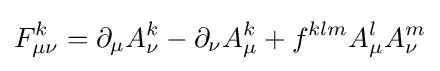
F_{\mu \nu }^{k}=\partial _{\mu }A_{\nu }^{k}-\partial _{\nu }A_{\mu }^{k}+f^{klm}A_{\mu }^{l}A_{\nu }^{m}